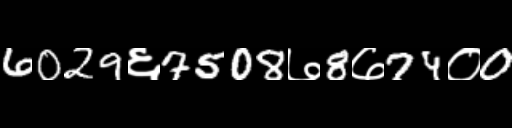
Text: 6029६7508७8७74०0